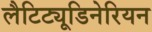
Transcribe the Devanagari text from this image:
लैटिट्यूडिनेरियन